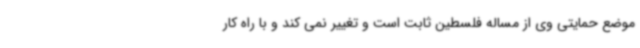
موضع حمایتی وی از مساله فلسطین ثابت است و تغییر نمی کند و با راه کار